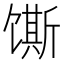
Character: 𫗲